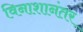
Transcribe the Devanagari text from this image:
विनाशानंतर